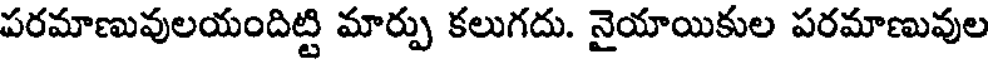
పరమాణువులయందిట్టి మార్పు కలుగదు. నైయాయికుల పరమాణువుల